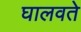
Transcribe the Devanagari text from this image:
घालवते